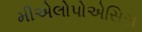
મીએલોપોએસિસ